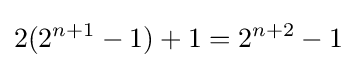
2(2^{n+1}-1)+1=2^{n+2}-1